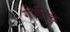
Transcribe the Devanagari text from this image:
गोडीचे